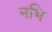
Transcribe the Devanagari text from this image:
नभि